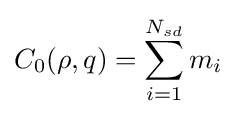
C_{0}(\rho ,q)=\sum _{i=1}^{N_{sd}}m_{i}